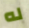
له